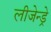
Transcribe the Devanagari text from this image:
लीजेन्ड्रे